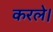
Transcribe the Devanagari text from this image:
करले।